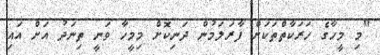
"މި މީހާގެ ހަރަކާތްތަކަށް ފާރަލަމުން ދަނިކޮށް މިމީހާ ވަނީ ތިނަދު އަށް އައި